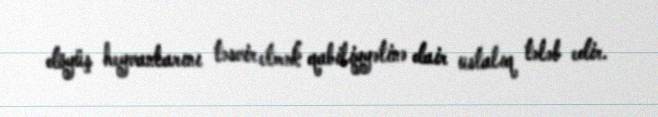
döyüş heyvanlarını təsvir etmək qabiliyyətinə dair ustalıq tələb edir.